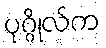
ပုဂ္ဂိုလ်က